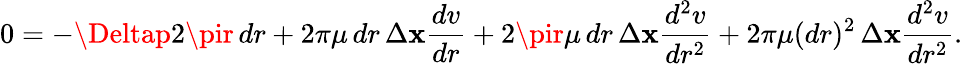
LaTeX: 0=-\Deltap2\pir\, dr+2\pi\mu\, dr\, \Delta\mathbf{x}{\frac{{dv}}{{dr}}}+2\pir\mu\, dr\, \Delta\mathbf{x}{\frac{{d^{2}v}}{{dr^{2}}}}+2\pi\mu(dr)^{2}\, \Delta\mathbf{x}{\frac{{d^{2}v}}{{dr^{2}}}}.